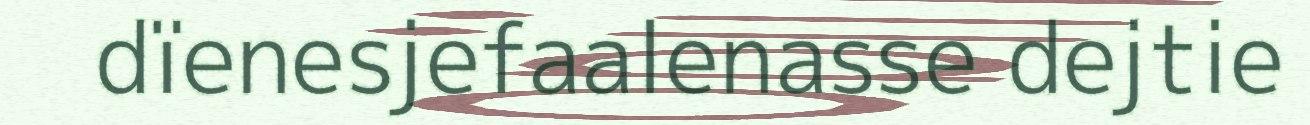
dïenesjefaalenasse dejtie